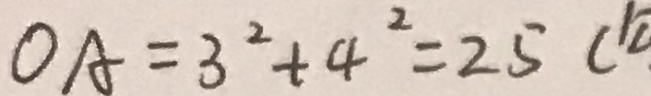
O A = 3 ^ { 2 } + 4 ^ { 2 } = 2 5 (